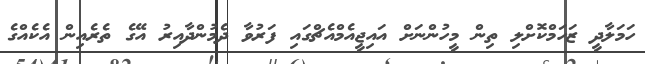
ހަމަލާދީ ޒަހަމްކޮށްލި ތިން މީހުންނަށް އައިޖީއެމްއެޗްގައި ފަރުވާ ދެމުންދާއިރު އޭގެ ތެރެއިން އެކެއްގެ